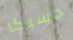
جسيكا